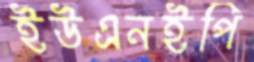
ইউএনইপি